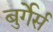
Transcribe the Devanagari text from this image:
बुर्गेर्स